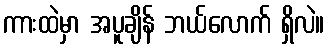
ကားထဲမှာ အပူချိန် ဘယ်လောက် ရှိလဲ။